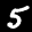
Label: 5